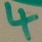
Text: 4